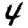
Digit: 4